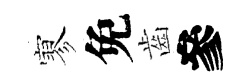
寥免齒參